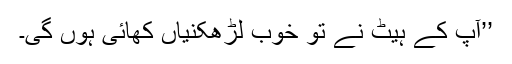
’’آپ کے ہیٹ نے تو خوب لڑھکنیاں کھائی ہوں گی۔